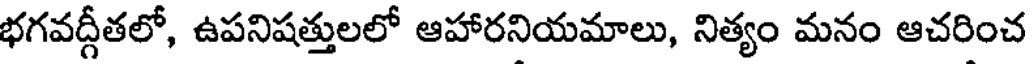
భగవద్గీతలో, ఉపనిషత్తులలో ఆహారనియమాలు, నిత్యం మనం ఆచరించ